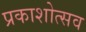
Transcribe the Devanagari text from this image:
प्रकाशोत्‍सव